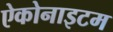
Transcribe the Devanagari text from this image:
ऐकोनाइटम